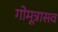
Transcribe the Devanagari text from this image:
गोमूत्रासव